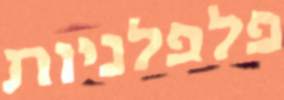
פלפלניות